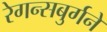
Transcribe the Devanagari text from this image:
रेगन्सबुर्गने